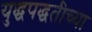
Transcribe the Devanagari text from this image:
युद्धपद्धतीच्या